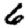
Digit: 6